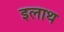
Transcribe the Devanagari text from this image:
इलाथ